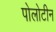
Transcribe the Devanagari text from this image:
पोलोटीन